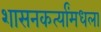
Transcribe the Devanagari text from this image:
शासनकर्त्यांमधला